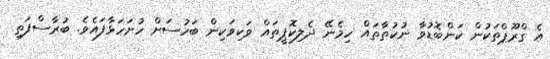
އެ ގްރޫޕްތަކުން ކަންބޮޑުވާ ނުކުތާތައް ހިމެނޭ ދެލިކޮޕީތައް ވަކިވަކިން ބަހުސަށް ހުށަހަޅާފައެވެ. ބުރާސްފަތި